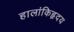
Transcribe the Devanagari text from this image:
हालांकिहृदय